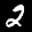
Label: 2